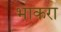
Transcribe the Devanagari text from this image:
भाकरा